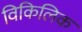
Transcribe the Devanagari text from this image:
विकिलिक